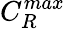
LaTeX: C_{R}^{max}